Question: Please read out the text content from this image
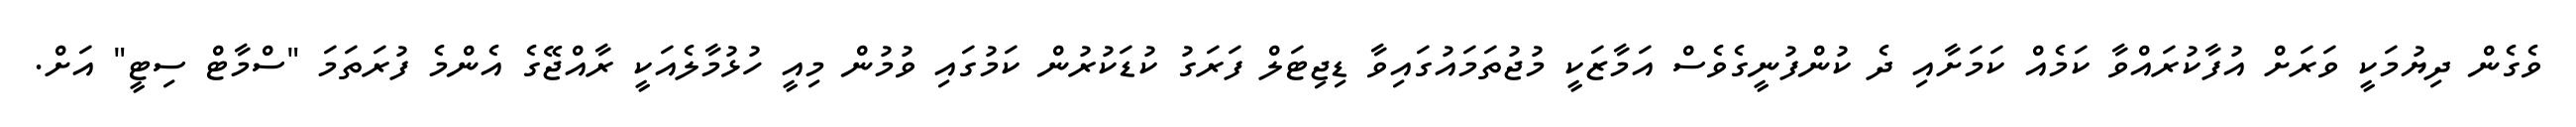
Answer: ވެގެން ދިޔުމަކީ ވަރަށް އުފާކުރައްވާ ކަމެއް ކަމަށާއި ދެ ކުންފުނީގެވެސް އަމާޒަކީ މުޖުތަމައުގައިވާ ޑިޖިޓަލް ފަރަގު ކުޑަކުރުން ކަމުގައި ވުމުން މިއީ ހުޅުމާލެއަކީ ރާއްޖޭގެ އެންމެ ފުރަތަމަ "ސްމާޓް ސިޓީ" އަށް.